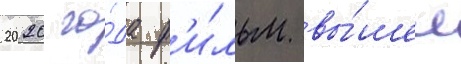
2020 го́да ф'и́льм вы́шел